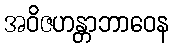
အဝိဇဟန္တာဘာဝေန